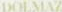
DOLMAZ